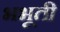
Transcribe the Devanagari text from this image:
भभूती